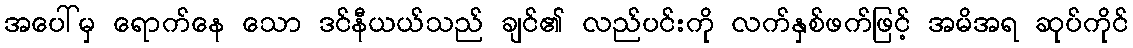
အပေါ်မှ ရောက်နေ သော ဒင်နီယယ်သည် ချင်၏ လည်ပင်းကို လက်နှစ်ဖက်ဖြင့် အမိအရ ဆုပ်ကိုင်